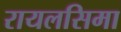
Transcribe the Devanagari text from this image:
रायलसिमा